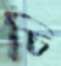
চি